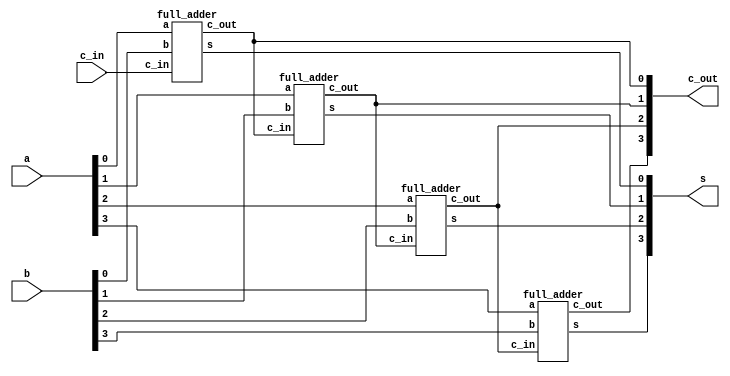

module part2(a, b, c_in, s, c_out);
	input [3:0] a;
	input [3:0] b;
	input c_in;
	
	// wire [2:0] c_w;
	
	output [3:0] s;
	output [3:0] c_out;
	
	full_adder adder1(
		.c_in(c_in),
		.a(a[0]),
		.b(b[0]),
		.s(s[0]),
		.c_out(c_out[0])
	);

	full_adder adder2(
		.c_in(c_out[0]),
		.a(a[1]),
		.b(b[1]),
		.s(s[1]),
		.c_out(c_out[1])
	);

	full_adder adder3(
		.c_in(c_out[1]),
		.a(a[2]),
		.b(b[2]),
		.s(s[2]),
		.c_out(c_out[2])
	);

	full_adder adder4(
		.c_in(c_out[2]),
		.a(a[3]),
		.b(b[3]),
		.s(s[3]),
		.c_out(c_out[3])
	);
	
endmodule

	

module full_adder(c_in, a, b, s, c_out);
	input a;
	input b;
	input c_in;
	
	output s;
	output c_out;
	
	assign s = c_in ^ (a ^ b);
	assign c_out = (a & b) | (b & c_in) | (a & c_in);

endmodule